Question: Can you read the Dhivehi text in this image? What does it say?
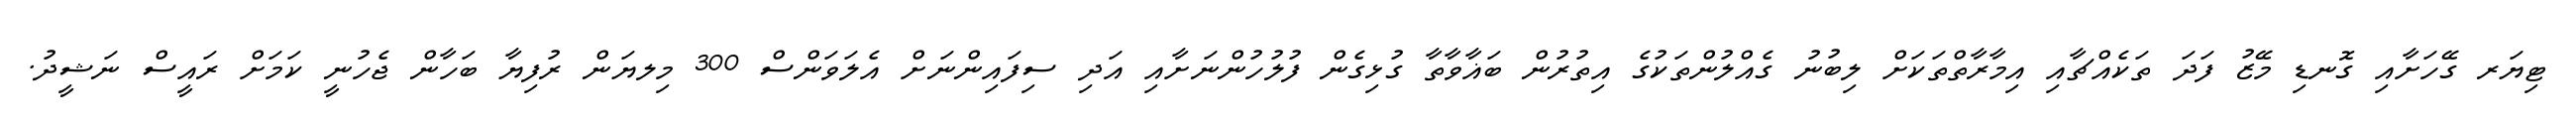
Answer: ޓިޔަރ ގޭހަށާއި ގޮނޑި މޭޒު ފަދަ ތަކެއްޗާއި އިމާރާތްތަކަށް ލިބުނު ގެއްލުންތަކުގެ އިތުރުން ބަޣާވާތާ ގުޅިގެން ފުލުހުންނަށާއި އަދި ސިފައިންނަށް އެލަވަންސް 300 މިލޔަން ރުފިޔާ ބަހާން ޖެހުނީ ކަމަށް ރައީސް ނަޝީދު.